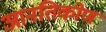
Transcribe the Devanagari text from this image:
आनतिकोण